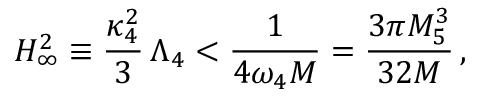
H _ { \infty } ^ { 2 } \equiv \frac { \kappa _ { 4 } ^ { 2 } } { 3 } \, \Lambda _ { 4 } < \frac { 1 } { 4 \omega _ { 4 } M } = \frac { 3 \pi M _ { 5 } ^ { 3 } } { 3 2 M } \, ,